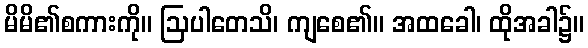
မိမိ၏စကားကို။ ဩပါတေသိ၊ ကျစေ၏။ အထခေါ၊ ထိုအခါ၌။